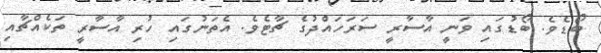
ބޯޑެވެ. ބޯޑުގައި ވަނީ އާސާރީ ސަރަހައްދުގެ ޗާޓެވެ. އެތަނުގައި ހުރި އާސާރީ ތަކެއްޗާއި